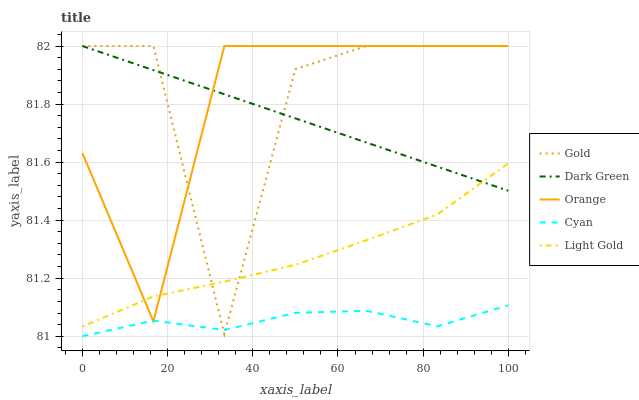
| xaxis_label | Gold | Dark Green | Orange | Cyan | Light Gold |
 | --- | --- | --- | --- | --- | --- |
 | 0 | 82 | 82 | 81.6 | 81 | 81 |
 | 16.7 | 82 | 81.9 | 81.1 | 81.1 | 81.1 |
 | 33.3 | 81 | 81.8 | 82 | 81 | 81.2 |
 | 50 | 81.9 | 81.8 | 82 | 81.1 | 81.2 |
 | 66.7 | 82 | 81.7 | 82 | 81.1 | 81.3 |
 | 83.3 | 82 | 81.6 | 82 | 81 | 81.4 |
 | 100 | 82 | 81.5 | 82 | 81.1 | 81.6 |